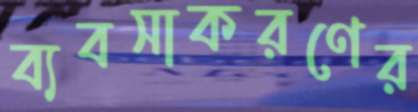
ব্যবসাকরণের